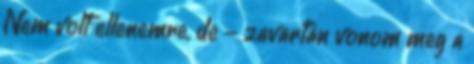
Nem volt ellenemre, de - zavartan vonom meg a